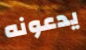
يدعونه